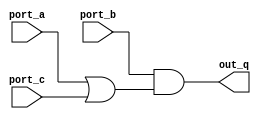
`define cow 34

module dependence_1 (
    input port_a, port_b, port_c,
    output out_q
);
    // a & b | ((b & c) & (b | c))
    // &=*, |=+               AB + BC(B+C)
    // Distribute             AB + BBC + BCC
    // Simplify AA = A        AB + BC + BC
    // Simplify A + A = A     AB + BC
    // Factor                 B(A+C)

    assign out_q = port_b & (port_a | port_c);
endmodule


module test_1 (
    input port_a, port_b,
    output Q 
);
    assign Q = port_b & port_a;
endmodule